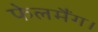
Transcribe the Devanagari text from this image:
फेलमैंग।